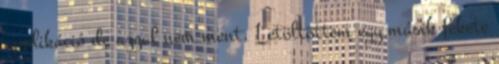
applikáció de azzal nem ment. Letöltöttem egy másik fekete